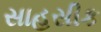
સાહસીક